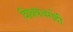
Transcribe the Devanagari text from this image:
शिक्षकवर्गही